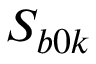
S _ { b 0 k }